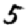
Digit: 5